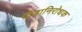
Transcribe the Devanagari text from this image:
पीड़ानिरोधक